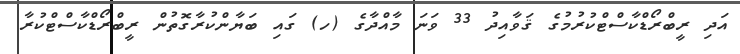
އަދި ރީބްރޯޑްކާސްޓްކުރުމުގެ ޤަވާއިދު 33 ވަނަ މާއްދާގެ (ހ) ގައި ބަޔާންކުރާގޮތުން ރީބްރޯޑްކާސްޓްކުރާ